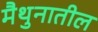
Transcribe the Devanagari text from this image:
मैथुनातील